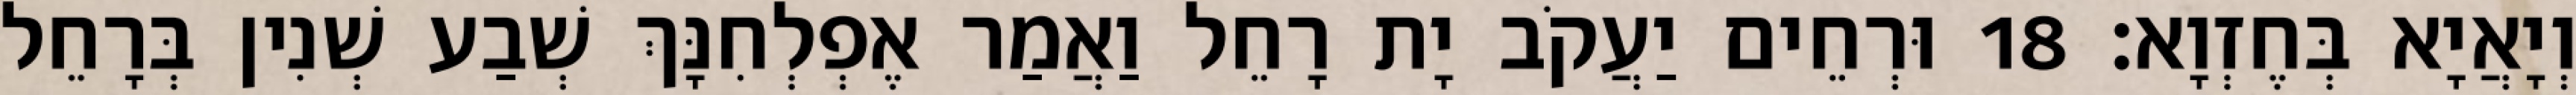
וְיָאֲיָא בְּחֶזְוָא׃ 18 וּרְחֵים יַעֲקֹב יָת רָחֵל וַאֲמַר אֶפְלְחִנָּךְ שְׁבַע שְׁנִין בְּרָחֵל